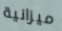
ميزانية